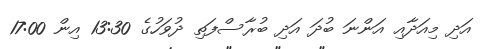
އަދި މިއަދާއި އަންނަ ބުދަ އަދި ބުރާސްފަތި ދުވަހުގެ 13:30 އިން 17:00